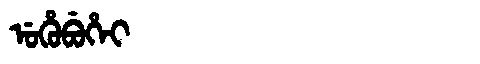
Manchu: ᡠᡥᡠᠪᡠᡥᡝᡳ
Romanization: UHUBUHEI